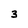
Character: 3